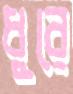
ধুরে